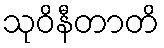
သုဝိနီတာတိ